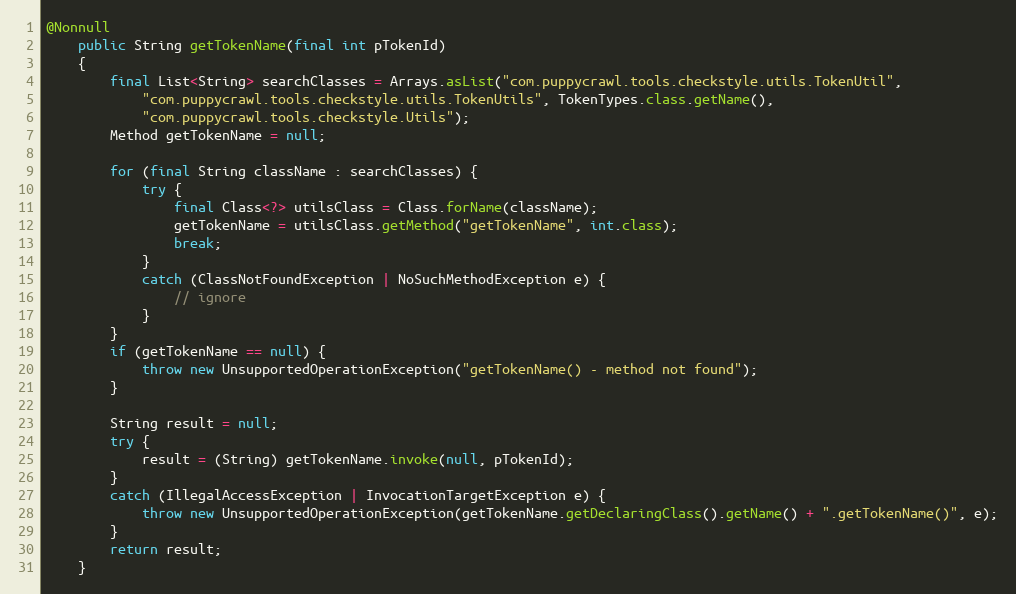
Language: Java
@Nonnull
    public String getTokenName(final int pTokenId)
    {
        final List<String> searchClasses = Arrays.asList("com.puppycrawl.tools.checkstyle.utils.TokenUtil",
            "com.puppycrawl.tools.checkstyle.utils.TokenUtils", TokenTypes.class.getName(),
            "com.puppycrawl.tools.checkstyle.Utils");
        Method getTokenName = null;

        for (final String className : searchClasses) {
            try {
                final Class<?> utilsClass = Class.forName(className);
                getTokenName = utilsClass.getMethod("getTokenName", int.class);
                break;
            }
            catch (ClassNotFoundException | NoSuchMethodException e) {
                // ignore
            }
        }
        if (getTokenName == null) {
            throw new UnsupportedOperationException("getTokenName() - method not found");
        }

        String result = null;
        try {
            result = (String) getTokenName.invoke(null, pTokenId);
        }
        catch (IllegalAccessException | InvocationTargetException e) {
            throw new UnsupportedOperationException(getTokenName.getDeclaringClass().getName() + ".getTokenName()", e);
        }
        return result;
    }